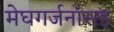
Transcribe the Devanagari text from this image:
मेघगर्जनांसह